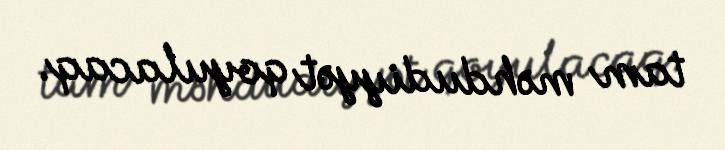
tam məhdudiyyət qoyulacaq.